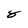
Character: 8